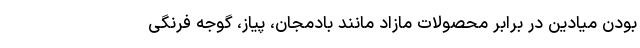
بودن میادین در برابر محصولات مازاد مانند بادمجان، پیاز، گوجه فرنگی